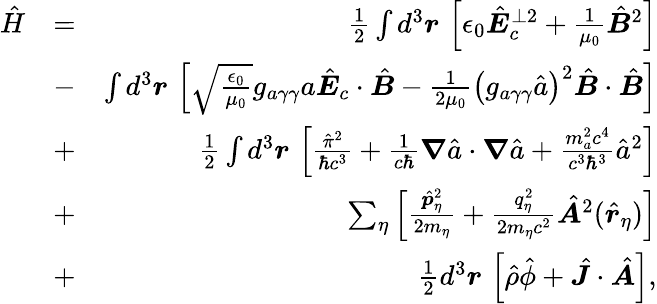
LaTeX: \begin{array}{rlr}{\hat{H}}&{=}&{\frac 12\int d^{3}\boldsymbol r\, \left[\epsilon_{0}\hat{\boldsymbol E}_{c}^{\perp 2}+\frac{1}{\mu_{0}}\hat{\boldsymbol B}^{2}\right]}\\ &{-}&{\int d^{3}\boldsymbol r\, \left[\sqrt{\frac{\epsilon_{0}}{\mu_{0}}}g_{a\gamma\gamma}a\hat{\boldsymbol E}_{c}\cdot\hat{\boldsymbol B}-\frac{1}{2\mu_{0}}\left(g_{a\gamma\gamma}\hat{a}\right)^{2}\hat{\boldsymbol B}\cdot\hat{\boldsymbol B}\right]}\\ &{+}&{\frac{1}{2}\int d^{3}\boldsymbol r\, \left[\frac{\hat{\pi}^{2}}{\hbar c^{3}}+\frac{1}{c\hbar}\boldsymbol\nabla\hat{a}\cdot\boldsymbol\nabla\hat{a}+\frac{m_{a}^{2}c^{4}}{c^{3}\hbar^{3}}\hat{a}^{2}\right]}\\ &{+}&{\sum_{\eta}\left[\frac{\hat{\boldsymbol p}_{\eta}^{2}}{2m_{\eta}}+\frac{q_{\eta}^{2}}{2m_{\eta}c^{2}}\hat{\boldsymbol A}^{2}(\hat{\boldsymbol r}_{\eta})\right]}\\ &{+}&{\frac{1}{2}d^{3}\boldsymbol r\, \left[\hat{\rho}\hat{\phi}+\hat{\boldsymbol J}\cdot\hat{\boldsymbol A}\right],}\end{array}